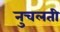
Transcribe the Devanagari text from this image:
नुचलती